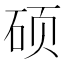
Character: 硕